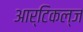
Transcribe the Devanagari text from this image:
आर्टिकल्ज